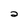
Character: 2